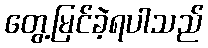
တွေ့မြင်ခဲ့ရပါသည်